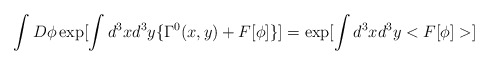
\begin{align*}\int D \phi\exp[\int d^3x d^3y \{ \Gamma^0(x,y) + F[\phi] \}] =\exp[\int d^3x d^3y<F[\phi ]>]\end{align*}